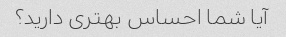
آیا شما احساس بهتری دارید؟